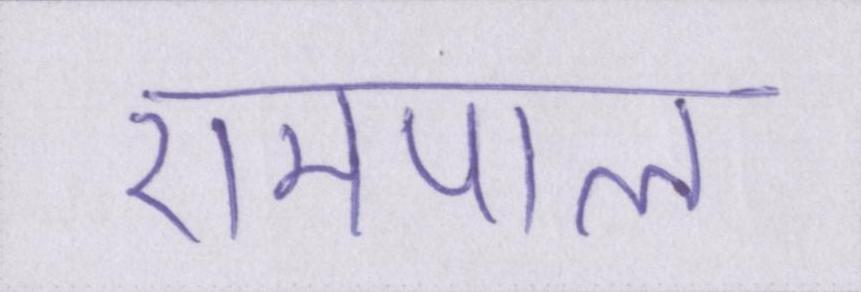
रामपाल